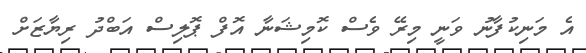
އެ މަނިކުފާނު ވަނީ މިރޭ ވެސް ކޮމިޝަނާ އޮފް ޕޮލިސް އަބްދު ރިޔާޒަށް